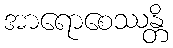
အာရောစေဿန္တိ